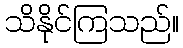
သိနိုင်ကြသည်။